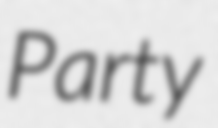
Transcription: Party